Leprosy in India: report of the Leprosy Commission in India, 1890-91
Year: 1890
Disease focus: Leprosy
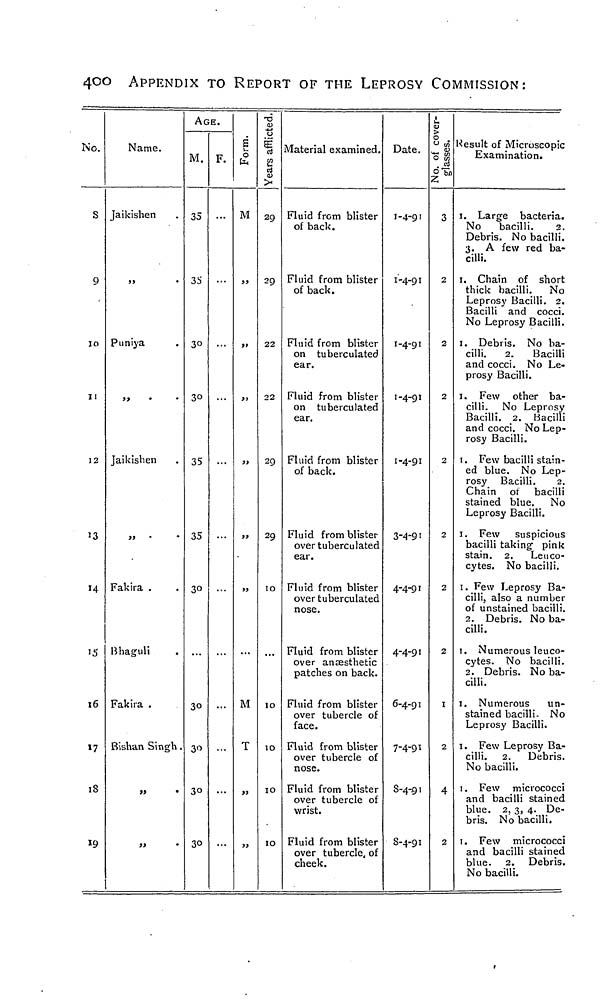
4-CO
APPENDIX TO REPORT OF THE LEPROSY COMMISSION:
No.
S
9
IO
ii
12
I6
»7
IS
»O
Name.
Jaikishen
Puniya
>> •
•
Jaikishen
Fakira .
Bhaguli
Fakira .
Bishan Singh.
»
•
»
•
AGE.
M.
35
35
30
30
35
35
30
30
30
30
30
F.
S
1
M
"
"
M
T
))
5)
-O
HI
"u
Ü
S
CD
>
29
29
22
22
29
29
IO
IO
IO
IO
IO
Material examined.
Fluid from blister
of back.
Fluid from blister
of back.
Fluid from blister
on tuberculated
ear.
Fluid from blister
on tuberculated
ear.
Fluid from blister
of back.
Fluid from blister
over tuberculated
ear.
Fluid from blister
over tuberculated
nose.
Fluid from blister
over anaesthetic
patches on back.
Fluid from blister
over tubercle of
face.
Fluid from blister
over tubercle of
nose.
Fluid from blister
over tubercle of
wrist.
Fluid from blister
over tubercle, of
cheek.
Date.
1-4-91
1-4-91
1-4-91
1-4-91
1-4-91
3-4-91
4-4-91
4-4-91
6-4-91
7-4-91
8-4-01
S-4-91
No. of cover-
glasses.
|(
3
2
2
2
2
2
2
2
I
2
4
2
Kesult of Microscopic
Examination.
1. Large bacteria.
No
bacilli.
2.
Debris. No bacilli.
3. A few red ba-
cilli.
1. Chain of short
thick bacilli. No
Leprosy Bacilli. 2.
Bacilli and cocci.
No Leprosy Bacilli.
1. Debris. No ba-
cilli.
2.
Bacilli
and cocci. No Le-
prosy Bacilli.
1. Few other ba-
cilli. No Leprosy
Bacilli. 2. Bacilli
and cocci. No Lep-
rosy Bacilli.
1. Few bacilli stain-
ed blue. No Lep-
rosy Bacilli.
2.
Chain or bacilli
stained blue. No
Leprosy Bacilli.
1. Few suspicious
bacilli taking pink
stain. 2. Leuco-
cytes. No bacilli.
1. Few Leprosy Ba-
cilli, also a number
of unstained bacilli.
2. Debris. No ba-
cilli.
1. Numerous leuco-
cytes. No bacilli.
2. Debris. No ba-
cilli.
1. Numerous
un-
stained bacilli- No
Leprosy Bacilli.
1. Few Leprosy Ba-
cilli. 2. Debris.
No bacilli.
1. Few micrococci
and bacilli stained
blue. 2, 3, 4. De-
bris. No bacilli.
1. Few micrococci
and bacilli stained
blue. 2. Debris.
No bacilli.